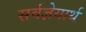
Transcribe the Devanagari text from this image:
सर्वज्ञेयार्थ